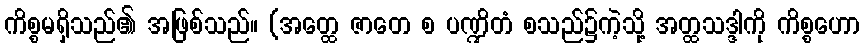
ကိစ္စမရှိသည်၏ အဖြစ်သည်။ (အတ္ထေ ဇာတေ စ ပဏ္ဍိတံ စသည်၌ကဲ့သို့ အတ္ထသဒ္ဒါကို ကိစ္စဟော